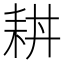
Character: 𦓮